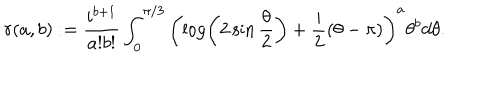
LaTeX: r ( a , b ) : = \frac { i ^ { b + 1 } } { a ! b ! } \int _ { 0 } ^ { \pi / 3 } \left( \log \left( 2 \sin \frac { \theta } { 2 } \right) + \frac { i } { 2 } \left( \theta - \pi \right) \right) ^ { a } \theta ^ { b } d \theta .